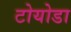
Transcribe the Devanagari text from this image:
टोयोडा